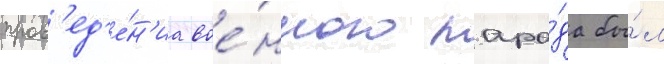
пров'ед'е́н'иа вое́нного пара́да бы́л